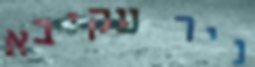
ניר עקיבא